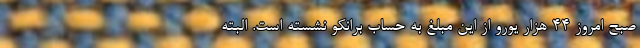
صبح امروز 44 هزار یورو از این مبلغ به حساب برانکو نشسته است. البته